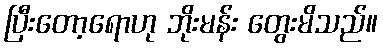
ပြီးတော့ရောဟု ဘိုးမန်း တွေးမိသည်။